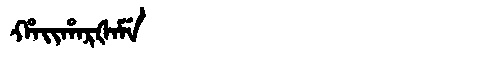
Manchu: ᡥᠠᡳᡥᠠᡵᡧᠠᠮᡝ
Romanization: HAIHARŠAME